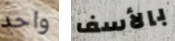
واحد بالأسف